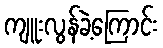
ကျူးလွန်ခဲ့ကြောင်း